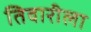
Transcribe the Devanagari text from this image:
तिवारीला